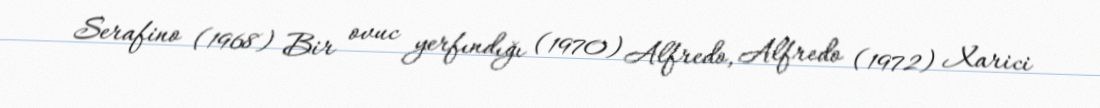
Serafino (1968) Bir ovuc yerfındığı (1970) Alfredo, Alfredo (1972) Xarici